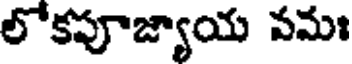
లోకపూజ్యాయ వమః